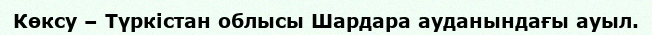
Көксу – Түркістан облысы Шардара ауданындағы ауыл.